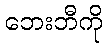
ဘေးဘီကို